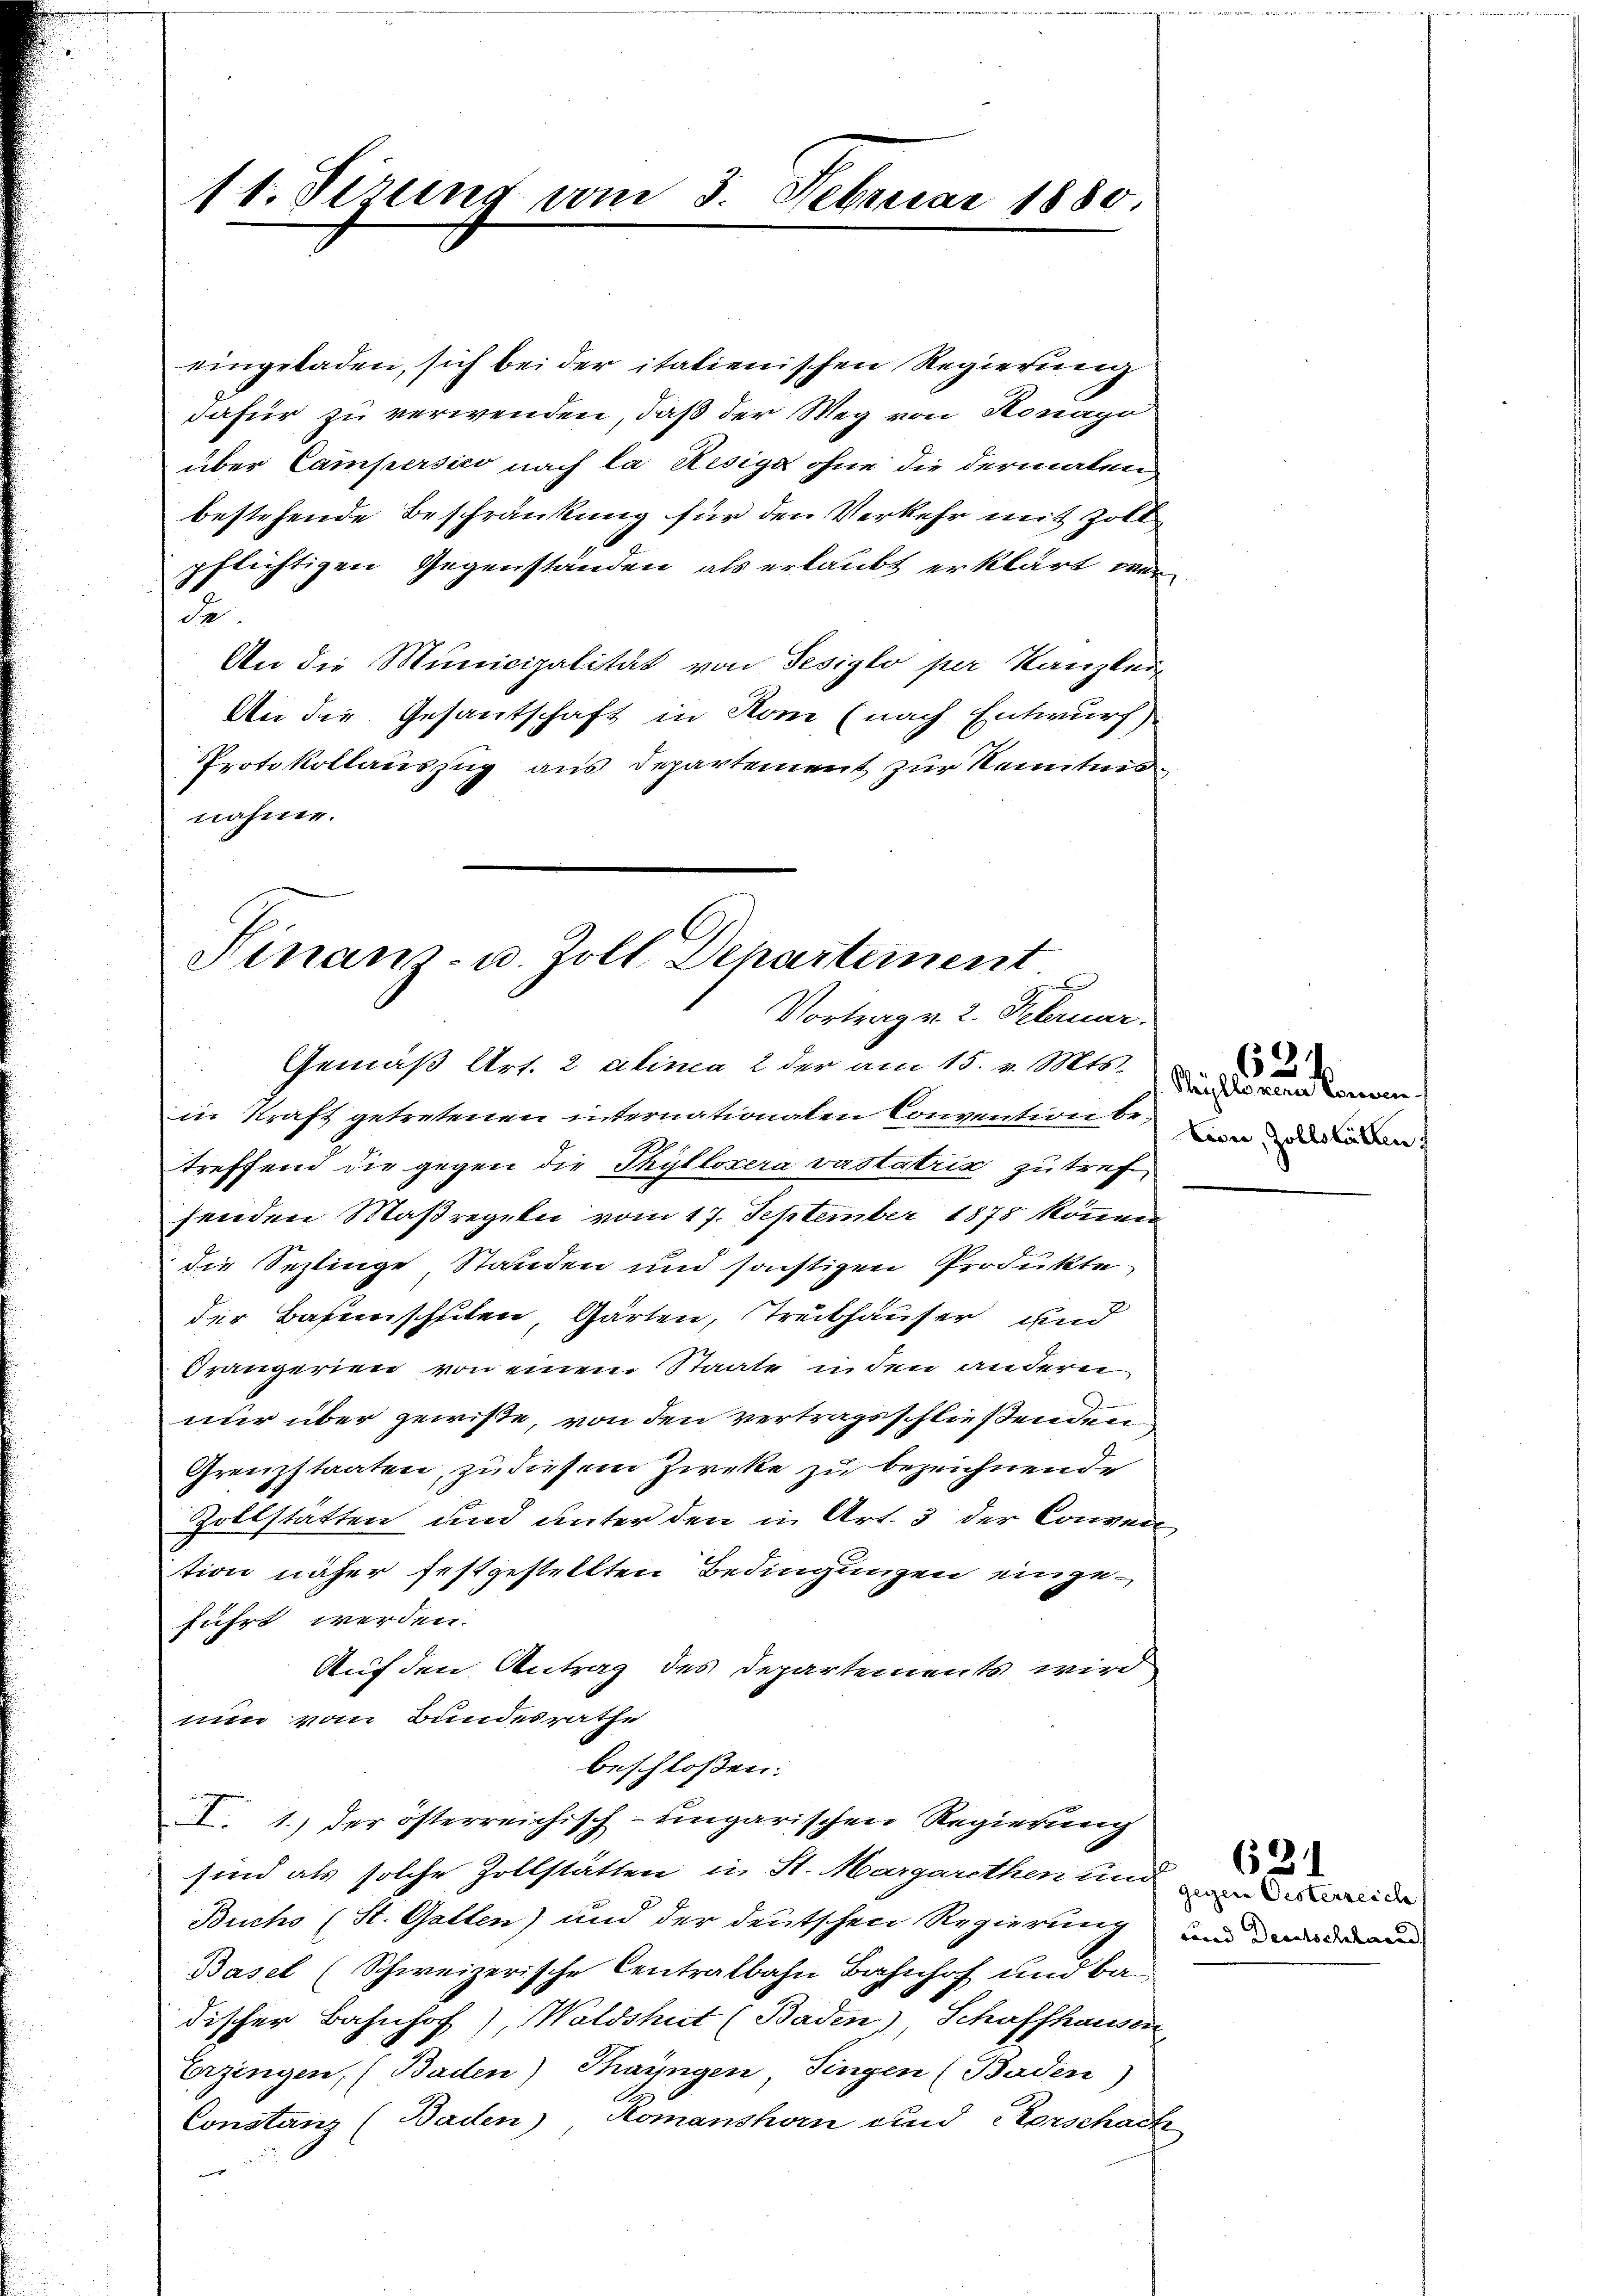
11. Sizung vom 3. Februar 1880.

eingeladen, sich bei der italienischen Regierung
dafür zu verwenden, daß der Weg von Honapo
über Campersico nach la Resige ohne die dermalen
bestehende Beschränkung für den Verkehr mit Zoll
pflichtigen Gegenständen, als erlaubt erklärt wer
da
An die Municipalität von Sesiglo per Kanzler
An die Gesantschaft in Rom (nach Entwurf)
Protokollauszug aus Departement zur Kenntnis
nähme.

Hinanz- u. Zoll Departement
Vortrag v. 2. Februar.

Gemäß Art. 2 alinea 2 der am 15. v. Mts.
in Kraft getretenen internationalen Convention betreffend die gegen die Thylloxera vastatria zutreffenden Maßregeln vom 17. September 1878 können
die Septinge Standen und sonstigen Produkte
der Basimischeiten, Gärten, Treibhauser und
Spängerien von einem Staate inden andern
.
nur über gewiße, von den vertragsschließenden
Grenzstaaten, zu diesem Zircke zu bezeichnende
Zollstatten und unter den in Art. 3 der Conven
tion näher festgestellten Bedingungen eingeführt werden.
Auf den Antrag des Departements wird
nun vom Bundesrathe
beschloßen:
X. 1.) der österreichisch-ungarischen Regierung
sind als solche Zollstätten in St. Margarethen und ande
Buchs (St. Gatten) und der deutschen Regierung und war and
Basel (Schweizerische Centralbahn Bahnhof und ban
discher Bahnhof), Waldshut (Baden), Schaffhausen
Erzingen, (Baden) Thayngen, Singen (Baden)
Constanz (Baden) Komanshorn und Vorschach
einge

Shÿllorene Conven
Lion, Zollstätten

624

621